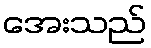
အေးသည်